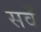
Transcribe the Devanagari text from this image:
सवँ